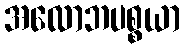
အလောဘပစ္စယာ